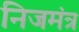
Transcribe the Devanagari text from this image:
निजमंत्र